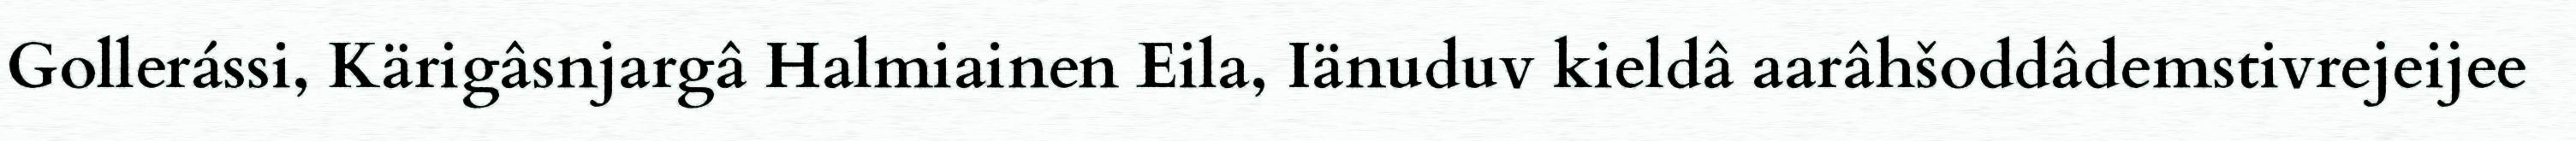
Gollerássi, Kärigâsnjargâ Halmiainen Eila, Iänuduv kieldâ aarâhšoddâdemstivrejeijee